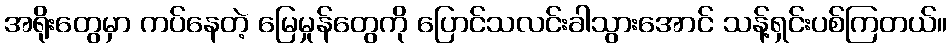
အရိုးတွေမှာ ကပ်နေတဲ့ မြေမှုန်တွေကို ပြောင်သလင်းခါသွားအောင် သန့်ရှင်းပစ်ကြတယ်။